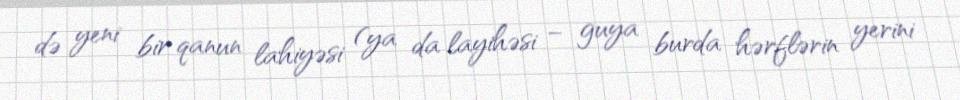
də yeni bir qanun lahiyəsi (ya da layihəsi – guya burda hərflərin yerini